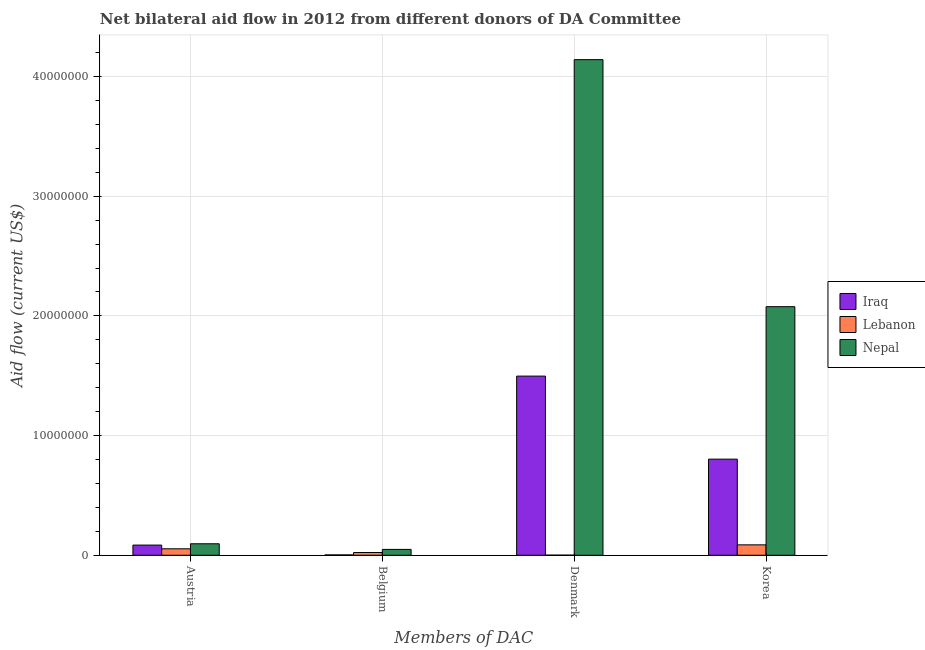
| Members of DAC | Iraq | Lebanon | Nepal |
 | --- | --- | --- | --- |
 | Austria | 8.5e+05 | 5.4e+05 | 9.6e+05 |
 | Belgium | 3e+04 | 2.3e+05 | 4.9e+05 |
 | Denmark | 1.5e+07 | 1e+04 | 4.14e+07 |
 | Korea | 8.03e+06 | 8.7e+05 | 2.08e+07 |